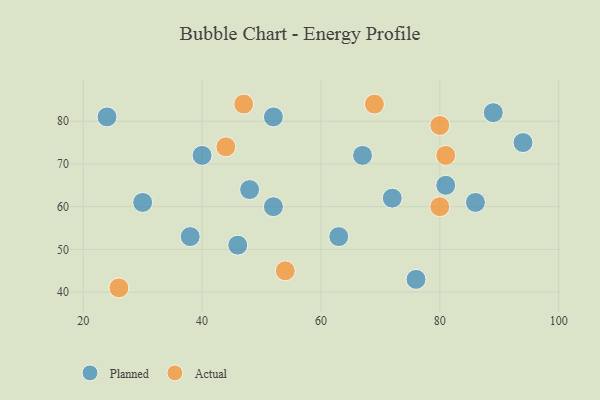
{"axis": {"x": "GDP", "y": "Life Expectancy"}, "legend": ["Actual", "Planned"], "data": [{"x": "81", "y": 65, "type": "Planned"}, {"x": "89", "y": 82, "type": "Planned"}, {"x": "24", "y": 81, "type": "Planned"}, {"x": "52", "y": 81, "type": "Planned"}, {"x": "38", "y": 53, "type": "Planned"}, {"x": "30", "y": 61, "type": "Planned"}, {"x": "94", "y": 75, "type": "Planned"}, {"x": "48", "y": 64, "type": "Planned"}, {"x": "46", "y": 51, "type": "Planned"}, {"x": "72", "y": 62, "type": "Planned"}, {"x": "52", "y": 60, "type": "Planned"}, {"x": "86", "y": 61, "type": "Planned"}, {"x": "67", "y": 72, "type": "Planned"}, {"x": "63", "y": 53, "type": "Planned"}, {"x": "40", "y": 72, "type": "Planned"}, {"x": "76", "y": 43, "type": "Planned"}, {"x": "44", "y": 74, "type": "Actual"}, {"x": "47", "y": 84, "type": "Actual"}, {"x": "69", "y": 84, "type": "Actual"}, {"x": "54", "y": 45, "type": "Actual"}, {"x": "80", "y": 60, "type": "Actual"}, {"x": "26", "y": 41, "type": "Actual"}, {"x": "80", "y": 79, "type": "Actual"}, {"x": "81", "y": 72, "type": "Actual"}]}